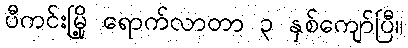
ပီကင်းမြို့ ရောက်လာတာ ၃ နှစ်ကျော်ပြီ။